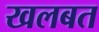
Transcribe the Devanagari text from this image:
खलबत